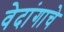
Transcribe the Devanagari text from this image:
वेदांगाचे